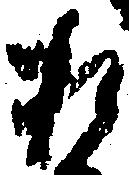
お